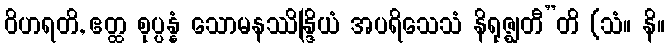
ဝိဟရတိ, ဧတ္ထ စုပ္ပန္နံ သောမနဿိန္ဒြိယံ အပရိသေသံ နိရုဇ္ဈတီ”တိ (သံ။ နိ။